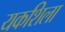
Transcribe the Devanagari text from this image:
यकशिला